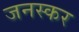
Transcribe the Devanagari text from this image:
जनस्‍कर